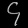
Digit: ၄